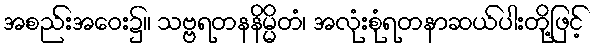
အစည်းအဝေး၌။ သဗ္ဗရတနနိမ္မိတံ၊ အလုံးစုံရတနာဆယ်ပါးတို့ဖြင့်